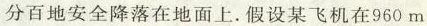
分百地安全降落在地面上。假设某飞机在960m